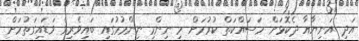
އަދި އަނިޔާއާ ދެކޮޅަށް މަސައްކަތް ކުރުމަށް މި ނިންމި ނިންމުމުގައި ބައިވެރިވެ ވަޑައިގަތުމަށް